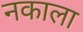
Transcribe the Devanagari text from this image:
नकाला